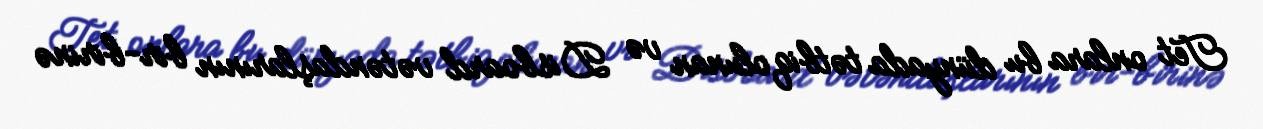
Tet onlara bu dünyada tətbiq olunan və Disboard vətəndaşlarının bir-birinə